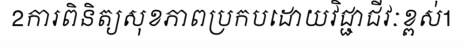
2ការពិនិត្យសុខភាពប្រកបដោយវិជ្ជាជីវៈខ្ពស់1